Vaccination Hyderabad 1872-1889 - 1872-1889
Year: 1872
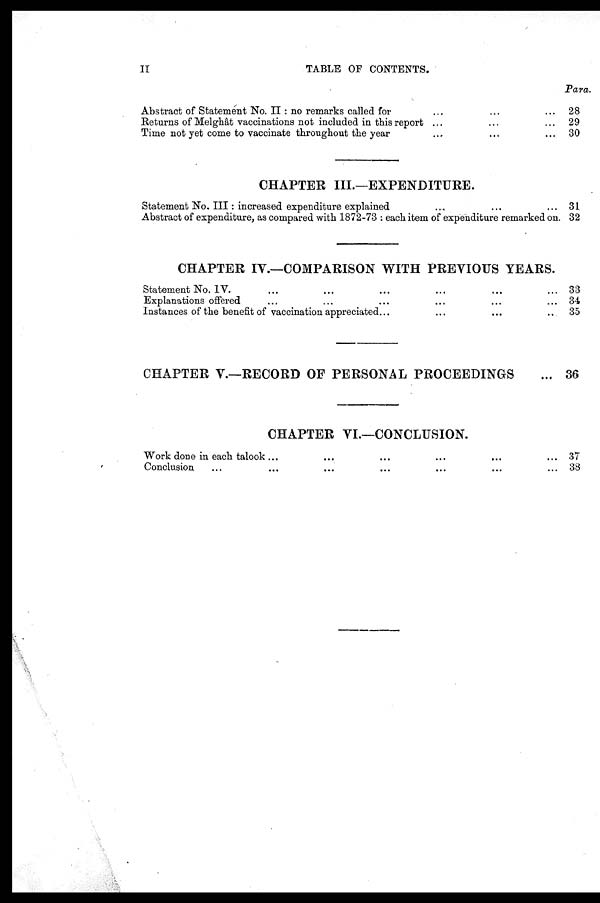
II
TABLE OF CONTENTS.
Para.
Abstract of Statement No. II: no remarks called for ... ... ...
Returns of Melghat vaccinations not included in this report ... ... ...
Time not yet come to vaccinate throughout the year ... ... ...
28
29
30
CHAPTER III.—EXPENDITURE.
Statement No. III: increased expenditure explained ... ... ...
Abstract of expenditure, as compared with 1872-78 : each item of expenditure remarked on.
31
32
CHAPTER IV.—COMPARISON WITH PREVIOUS YEARS.
Statement No. IV. ... ... ... ... ... ...
Explanations offered ... ... ... ... ... ...
Instances of the benefit of vaccination appreciated. ... ... ...
33
34
35
CHAPTER V.—RECORD OF PERSONAL PROCEEDINGS
... 36
CHAPTER VI.—CONCLUSION.
Work done in each talook ... ... ... ... ... ...
Conclusion ... ... ... ... ... ... ...
37
38